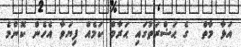
އަޅާ މާތް  ގެ ޙަޟްރަތުގައި ޙަރާމް ކަމެއް ފިޔަވާ އެހެން ކޮންމެ